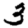
Digit: 3